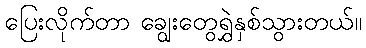
ပြေးလိုက်တာ ချွေးတွေရွှဲနှစ်သွားတယ်။